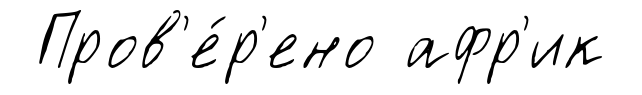
Пров'е́р'ено афр'ик